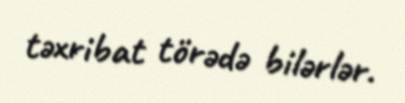
təxribat törədə bilərlər.